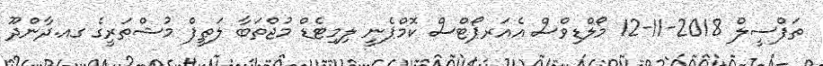
ތަފްސީލް 2018-11-12 މޯލްޑިވްސް އެއަރޕޯޓްސް ކޮމްޕެނީ ލިމިޓެޑް މުޖްތަބާ ލަޠީފް މުޝްތަރީގެ ގއ.ދާންދޫ